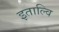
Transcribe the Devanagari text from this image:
इताल्वि